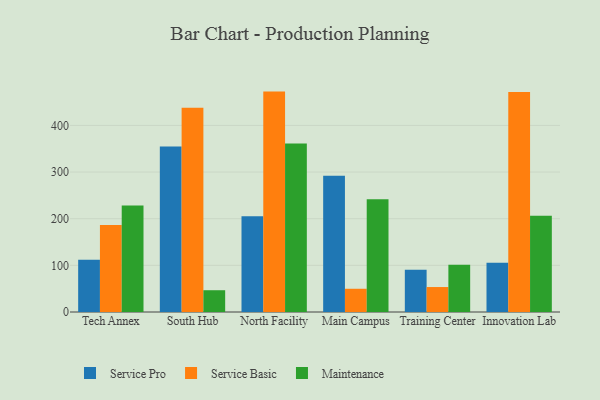
{"axis": {"x": "Campus", "y": "Churn Rate (%)"}, "legend": ["Maintenance", "Service Basic", "Service Pro"], "data": [{"x": "Tech Annex", "y": 111.9, "type": "Service Pro"}, {"x": "Tech Annex", "y": 186.6, "type": "Service Basic"}, {"x": "Tech Annex", "y": 228.5, "type": "Maintenance"}, {"x": "South Hub", "y": 354.7, "type": "Service Pro"}, {"x": "South Hub", "y": 438.1, "type": "Service Basic"}, {"x": "South Hub", "y": 46.7, "type": "Maintenance"}, {"x": "North Facility", "y": 205.1, "type": "Service Pro"}, {"x": "North Facility", "y": 472.5, "type": "Service Basic"}, {"x": "North Facility", "y": 361.4, "type": "Maintenance"}, {"x": "Main Campus", "y": 292.1, "type": "Service Pro"}, {"x": "Main Campus", "y": 49.8, "type": "Service Basic"}, {"x": "Main Campus", "y": 241.7, "type": "Maintenance"}, {"x": "Training Center", "y": 90.5, "type": "Service Pro"}, {"x": "Training Center", "y": 53.5, "type": "Service Basic"}, {"x": "Training Center", "y": 101.3, "type": "Maintenance"}, {"x": "Innovation Lab", "y": 105.4, "type": "Service Pro"}, {"x": "Innovation Lab", "y": 471.5, "type": "Service Basic"}, {"x": "Innovation Lab", "y": 206.2, "type": "Maintenance"}]}